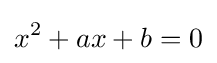
x^{2}+ax+b=0